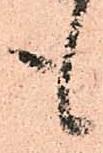
も